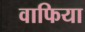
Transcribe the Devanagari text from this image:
वाफिया